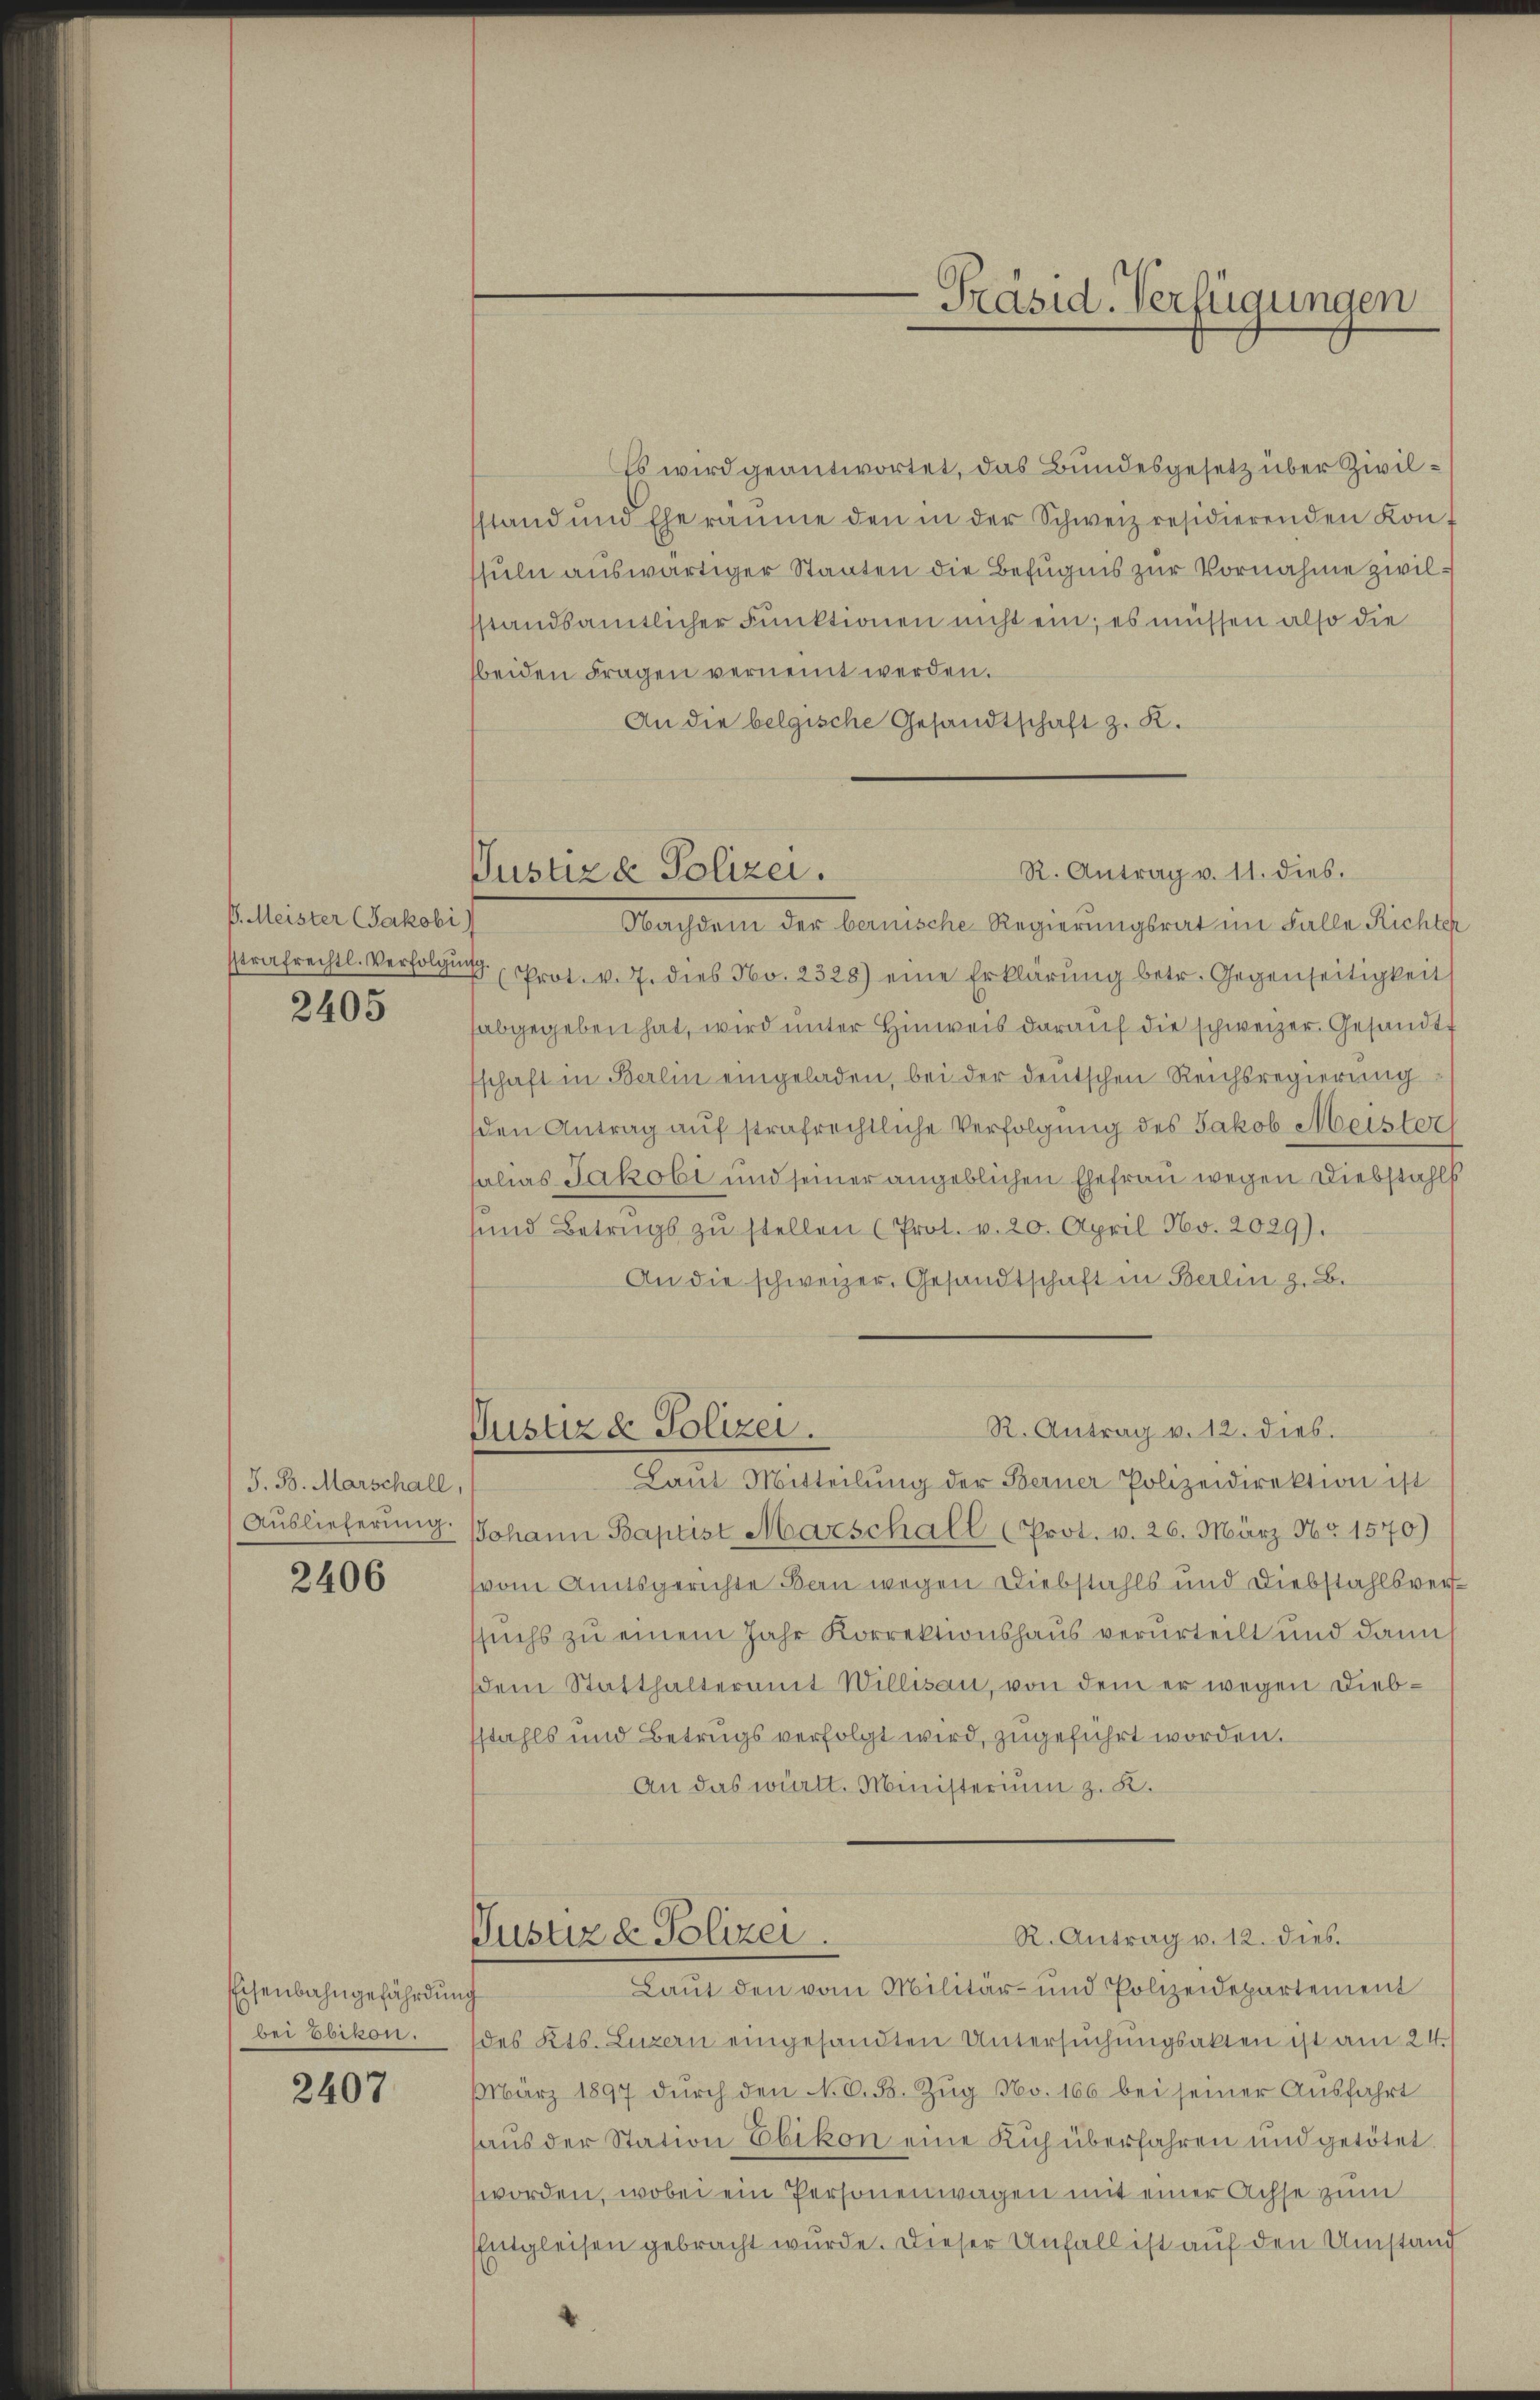
P. Meister (Jakobi)
sstrafrechtl. Verfolgun

2405

J. B. Marschall,

2406

Eisenbahngefährdung
bei Ebikon.

2407

Justiz & Polizei.

Präsid. Verfügungen

Es wird geantwortet, das Bundesgesetz über Zivilsstand und Eheräume den in der Schweiz residierenden Konf
ssuln auswärtiger Staaten die Befugnis zur Vornahme zwilsstandsamtlicher Funktionen nicht ein; es müssen also die
beiden Fragen vernennt werden.
An die belgische Gesandtschaft z. K.

Justiz & Polizei.

R. Antrag v. 11. dies.
Nachdem der bernische Regierungsrat im Falle Richter
 (Prot. v. J. dies No. 2328) eine Erklärung betr. Gegenseitigkeit
abgegeben hat, wird unter Hinweis darauf die schweizer. Gesandtschaft in Berlin eingeladen, bei der deutschen Reichsregierung
den Antrag auf strafrechtliche Verfolgung des Jakob Meisterh
alias Jakobi und seiner angeblichen Ehefrau wegen Diebstahls
und Betrugs zu stellen (Prot. v. 20. April No. 2029).
An die schweizer. Gesandtschaft in Berlin z. B.
R. Antrag v. 12. dies.
Justiz & Polizei.
Laŭt Mitteilŭng der Berner Polizeidirektion ist
Auslieferung. Johann Baptist Marschall (Prot. v. 26. März Nr. 1570)
vom Amtsgerichte Bau wegen Diebstahls und Diebstahlsversuchs zu einem Jahr Korrektionshaus verurteilt und dann
dem Statthalteramt Willisau, von dem er wegen Diebstahls und Betrugs verfolgt wird, zugeführt worden.
An das württ. Ministerium z. B.

R. Antrag v. 12. dies

Laut den vom Militär- und Polizeidepartement
des Kts. Luzern eingesandten Untersuchungsakten ist am 24.
März 1897 dŭrch den N. O. B. Zŭg No. 166 bei seiner Ausfahrt
haŭs der Station Ebikon eine Kuh überfahren und getötet
worden, wobei ein Personenwagen mit einer Achse zum
Entgleisen gebracht wurde. Dieser Unfall ist auf den Umstand